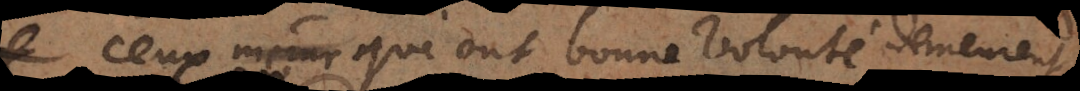
ceux qui ont bonne volonté demeurent